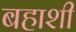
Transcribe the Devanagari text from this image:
बहाशी